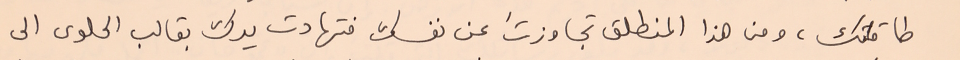
طاقتك، ومن هذا المنطلق تجاوزتَ عن نفسك فتهادت يدك بقالب الحلوى الى